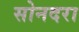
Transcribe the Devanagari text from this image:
सोनदरा